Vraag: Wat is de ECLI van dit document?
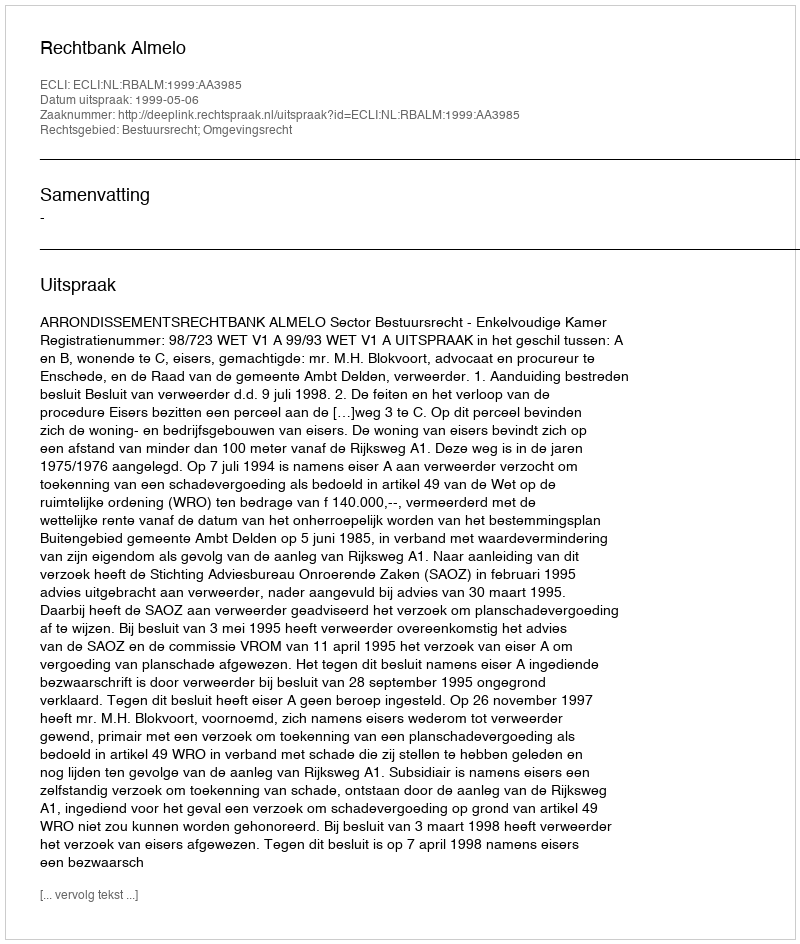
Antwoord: ECLI:NL:RBALM:1999:AA3985